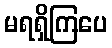
မရရှိကြပေ